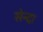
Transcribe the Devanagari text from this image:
सेन्दा